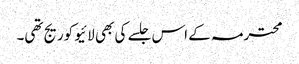
محترمہ کے اس جلسے کی بھی لائیو کوریج تھی۔